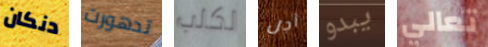
دنكان تدهورت لكلب أجل يبدو تعالي